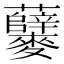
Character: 𪎃